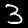
Label: 3